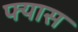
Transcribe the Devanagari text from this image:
फ्यास